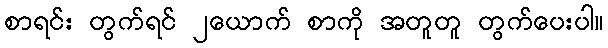
စာရင်း တွက်ရင် ၂ယောက် စာကို အတူတူ တွက်ပေးပါ။